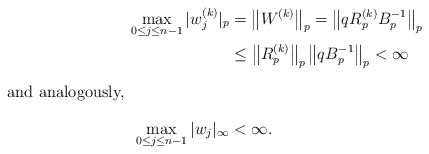
\begin{align*}\max_{0\leq j\leq n-1}|w_{j}^{(k)}|_p&=\left\|W^{(k)}\right\|_p=\left\|q R_p^{(k)} B_p^{-1}\right\|_p\\&\leq\left\|R_p^{(k)}\right\|_p\left\|q B_p^{-1}\right\|_p<\infty\intertext{and analogously,}\max_{0\leq j\leq n-1}|w_{j}|_\infty&<\infty.\end{align*}